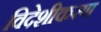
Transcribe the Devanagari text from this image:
विदेशीकरण